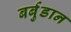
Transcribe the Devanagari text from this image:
बर्बुडान